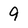
Character: 9